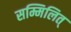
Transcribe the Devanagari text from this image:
सम्मिलित्